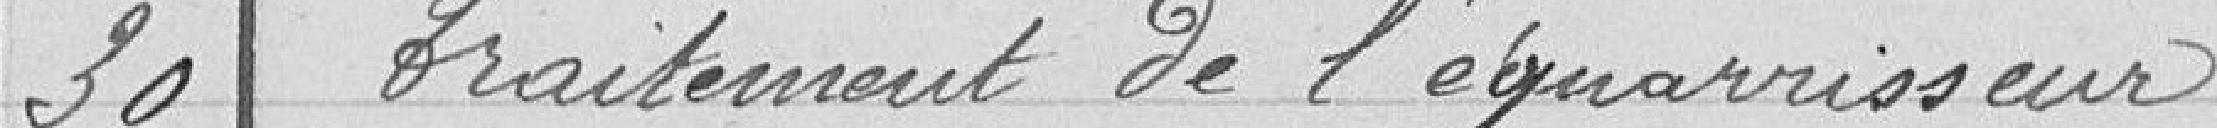
30 Traitement de l'équarisseur